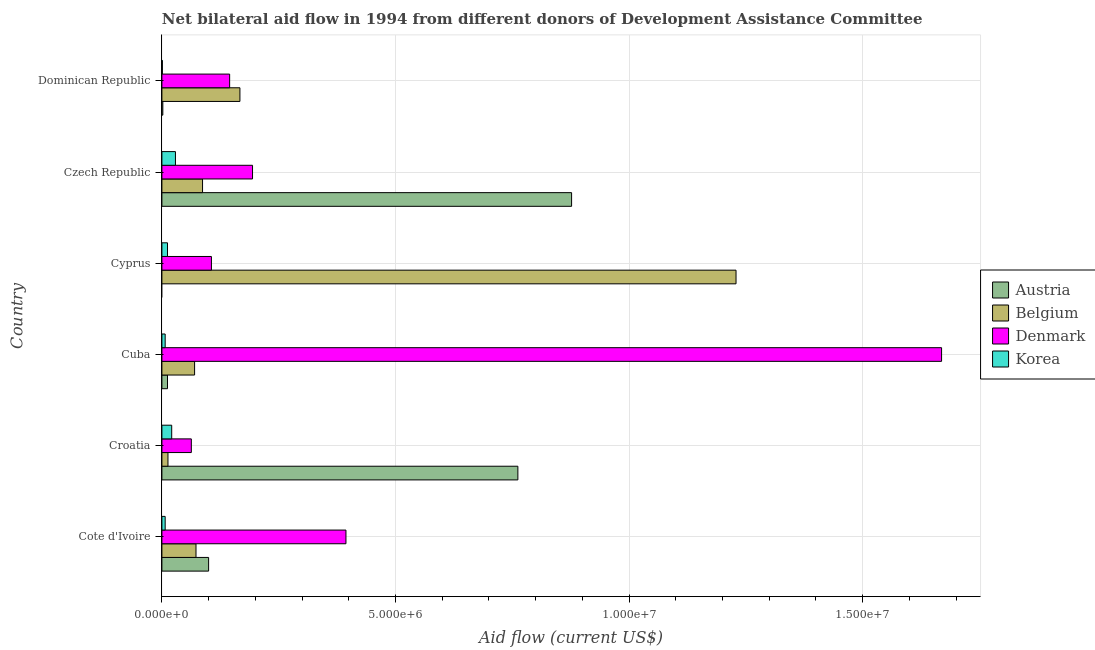
| Country | Austria | Belgium | Denmark | Korea |
 | --- | --- | --- | --- | --- |
 | Cote d'Ivoire | 1e+06 | 7.3e+05 | 3.94e+06 | 7e+04 |
 | Croatia | 7.62e+06 | 1.3e+05 | 6.3e+05 | 2.1e+05 |
 | Cuba | 1.2e+05 | 7e+05 | 1.67e+07 | 7e+04 |
 | Cyprus | -2.1e+05 | 1.23e+07 | 1.06e+06 | 1.2e+05 |
 | Czech Republic | 8.77e+06 | 8.7e+05 | 1.94e+06 | 2.9e+05 |
 | Dominican Republic | 2e+04 | 1.67e+06 | 1.45e+06 | 1e+04 |